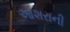
આશરાની